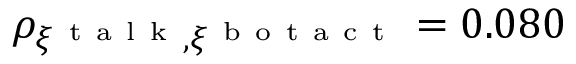
\rho _ { \xi ^ { \mathrm { ~ t ~ a ~ l ~ k ~ } } , \xi ^ { \mathrm { ~ b ~ o ~ t ~ a ~ c ~ t ~ } } } = 0 . 0 8 0